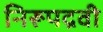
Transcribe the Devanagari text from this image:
निरूपद्रवी